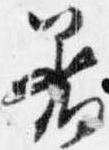
着